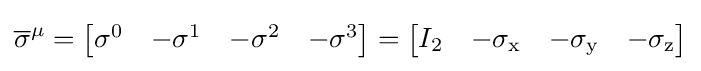
{\overline {\sigma }}^{\mu }={\begin{bmatrix}\sigma ^{0}&-\sigma ^{1}&-\sigma ^{2}&-\sigma ^{3}\end{bmatrix}}={\begin{bmatrix}I_{2}&-\sigma _{\text{x}}&-\sigma _{\text{y}}&-\sigma _{\text{z}}\end{bmatrix}}